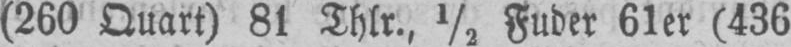
(260 Quart) 81 Thlr., ½ Fuder 61er (436